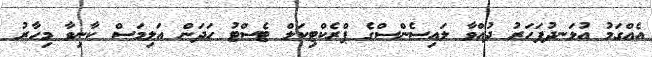
އެއްގަމު އުޅަނދުފަހަރު ދުއްވާ ލައިސެންސްގެ ޕްރެކްޓިކަލް ޓެސްޓު ހަދަން އަލިމަސް ކާނިވާ މިހާރު